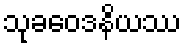
သုခဝေဒနိယဿ